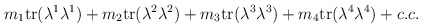
\begin{align*}m_1 {\rm tr}(\lambda^1 \lambda^1) + m_2{\rm tr}(\lambda^2 \lambda^2) + m_3 {\rm tr}(\lambda^3 \lambda^3) +m_4 {\rm tr}(\lambda^4 \lambda^4) + c.c.\end{align*}